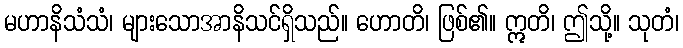
မဟာနိသံသံ၊ များသောအာနိသင်ရှိသည်။ ဟောတိ၊ ဖြစ်၏။ ဣတိ၊ ဤသို့။ သုတံ၊